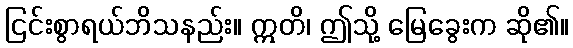
ငြင်းစွာရယ်ဘိသနည်း။ ဣတိ၊ ဤသို့ မြေခွေးက ဆို၏။